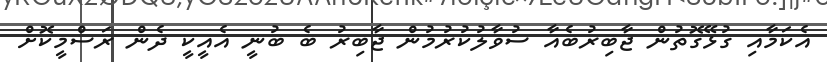
އެކަމާއި ގުޅޭގޮތުން ޖާބިރުބެއާ ސުވާލުކުރުމުން ޖާބިރު ބެ ބުނީ އެއީކީ ދެން ރަސްމީކޮށް